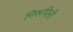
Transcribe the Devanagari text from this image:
निरूपिली